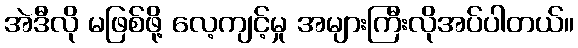
အဲဒီလို မဖြစ်ဖို့ လေ့ကျင့်မှု အများကြီးလိုအပ်ပါတယ်။